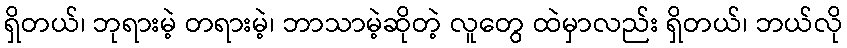
ရှိတယ်၊ ဘုရားမဲ့ တရားမဲ့၊ ဘာသာမဲ့ဆိုတဲ့ လူတွေ ထဲမှာလည်း ရှိတယ်၊ ဘယ်လို